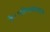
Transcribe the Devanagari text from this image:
है।परिणामस्वरूप